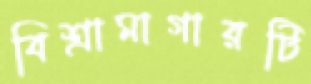
বিশ্রামাগারটি